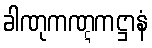
ခါဏုကဏ္ဋကဋ္ဌာနံ